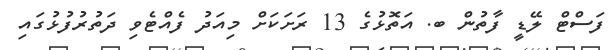
ފަސްޓް ލޭޑީ ފާތުން ބ. އަތޮޅުގެ 13 ރަށަކަށް މިއަދު ފެއްޓެވި ދަތުރުފުޅުގައި